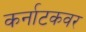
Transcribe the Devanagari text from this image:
कर्नाटकवर